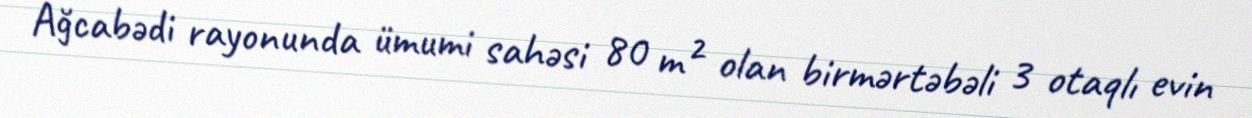
Ağcabədi rayonunda ümumi sahəsi 80 m² olan birmərtəbəli 3 otaqlı evin